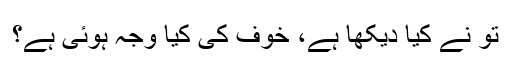
تو نے کیا دیکھا ہے، خوف کی کیا وجہ ہوئی ہے؟